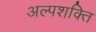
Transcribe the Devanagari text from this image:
अल्‍पशक्ति